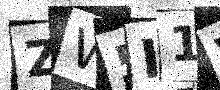
Text: ZW5I1W